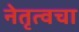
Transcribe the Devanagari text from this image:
नेतृत्वचा